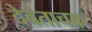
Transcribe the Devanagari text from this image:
देवताचक्र